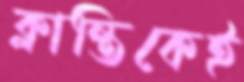
ক্লান্তিকেই